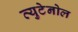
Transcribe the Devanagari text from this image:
व्युटेनोल